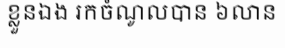
ខ្លួនឯង រកចំណូលបាន ៦លាន